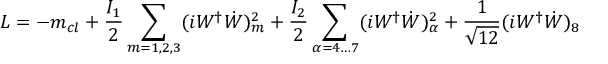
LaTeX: L = - m _ { c l } + \frac { I _ { 1 } } { 2 } \sum _ { m = 1 , 2 , 3 } ( i W ^ { \dag } \dot { W } ) _ { m } ^ { 2 } + \frac { I _ { 2 } } { 2 } \sum _ { \alpha = 4 \ldots 7 } ( i W ^ { \dag } \dot { W } ) _ { \alpha } ^ { 2 } + \frac { 1 } { \sqrt { 1 2 } } ( i W ^ { \dag } \dot { W } ) _ { 8 }